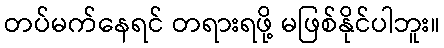
တပ်မက်နေရင် တရားရဖို့ မဖြစ်နိုင်ပါဘူး။